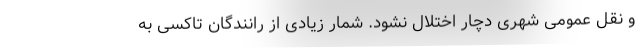
و نقل عمومی شهری دچار اختلال نشود. شمار زیادی از رانندگان تاکسی به